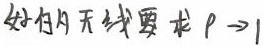
好的天线要求 $\rho \rightarrow 1$